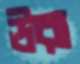
ঊরা